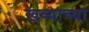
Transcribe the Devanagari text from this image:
खव्याच्या